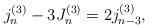
LaTeX: \begin{align*}j_{n}^{(3)}-3J_{n}^{(3)}=2j_{n-3}^{(3)},\end{align*}